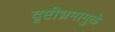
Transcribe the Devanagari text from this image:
दृष्टीभ्रमामुळे